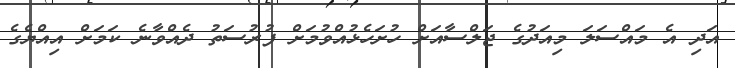
އަދި އެ މައްސަލަ މިއަދުގެ ޖަލްސާއަށް ހުށަހެޅުއްވުމަށް ފުރުސަތު ދެއްވާނެ ކަމަށް އިއްޔެގެ